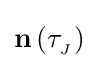
\mathbf {n} \left(\tau _{{}_{J}}\right)